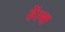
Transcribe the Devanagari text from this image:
हेंल्थ